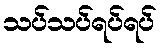
သပ်သပ်ရပ်ရပ်